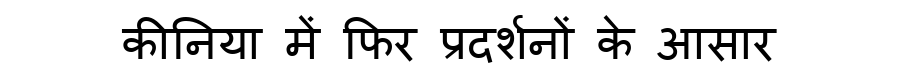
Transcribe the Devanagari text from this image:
कीनिया में फिर प्रदर्शनों के आसार